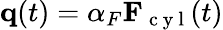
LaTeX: \mathbf{q}(t)=\alpha_{F}\mathbf{F}_{\mathrm{~c~y~l~}}(t)